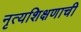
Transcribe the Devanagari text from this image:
नृत्यशिक्षणाची